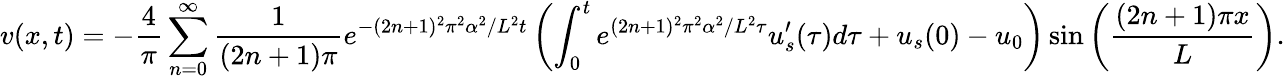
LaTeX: v(x,t)=-\frac{4}{\pi}\sum_{n=0}^{\infty}\frac{1}{(2n+1)\pi}e^{-(2n+1)^{2}\pi^{2}\alpha^{2}/L^{2}t}\left(\int_{0}^{t}e^{(2n+1)^{2}\pi^{2}\alpha^{2}/L^{2}\tau}u_{s}^{\prime}(\tau)d\tau+u_{s}(0)-u_{0}\right)\sin\left(\frac{(2n+1)\pi x}{L}\right).